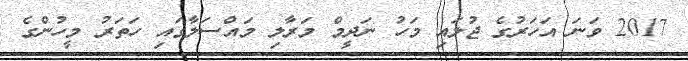
2017 ވަނަ އަހަރުގެ ޖުލައި މަހު ނަދީމް މަރާލި މައްސަލާގައި ހަތަރު މީހުންގެ